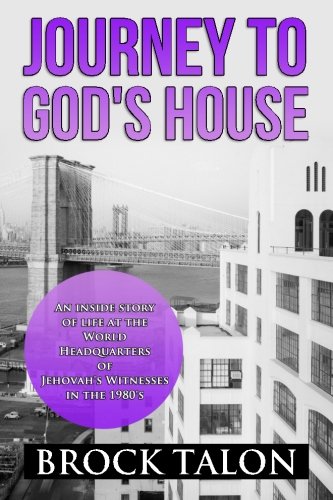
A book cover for Journey to God's House: An inside story of life at the World Headquarters of Jehovah's Witnesses in the 1980s; Brock Talon; Christian Books & Bibles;